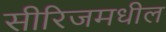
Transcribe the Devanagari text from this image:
सीरिजमधील